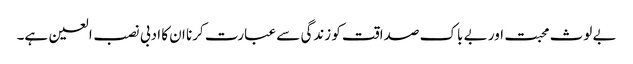
بے لوث محبت اور بے باک صداقت کو زندگی سے عبارت کرنا ان کا ادبی نصب العین ہے۔